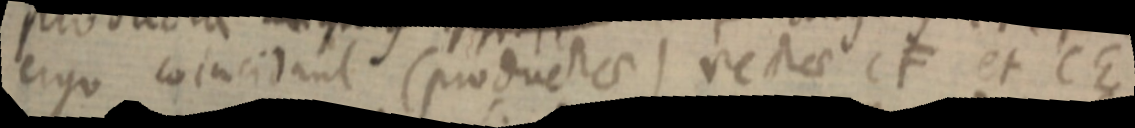
ergo coincidant (productae) rectae CF et CE